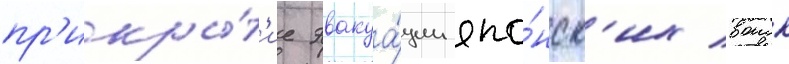
пр'икры́т'ие эвакуа́ции япо́нск'их воиск